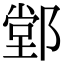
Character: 䣘